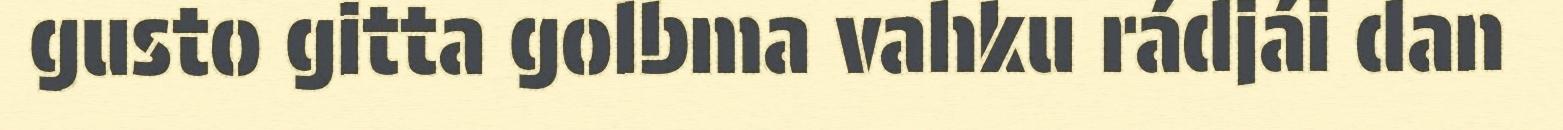
gusto gitta golbma vahku rádjái dan